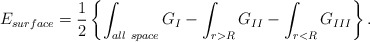
\begin{align*}E_{\small surface} = {1\over2} \left\{ \int_{\small all~space} G_I - \int_{r>R} G_{II} - \int_{r<R} G_{III} \right\}.\end{align*}